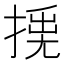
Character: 𢰛